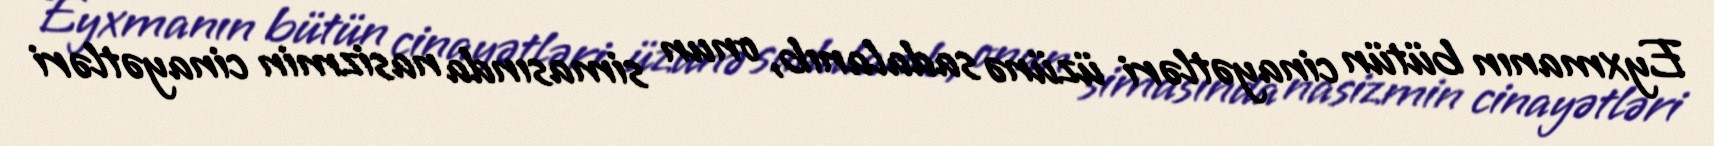
Eyxmanın bütün cinayətləri üzünə sadalanıb, onun simasında nasizmin cinayətləri